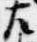
左